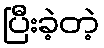
ပြီးခဲ့တဲ့